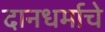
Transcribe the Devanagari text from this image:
दानधर्माचे